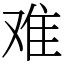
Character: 难